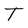
Character: T